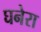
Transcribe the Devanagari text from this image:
घनेरा